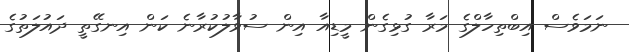
ނަމަވެސް އިބްތިހާލްގެ މަރާ ގުޅިގެން މީޑިއާ އިން ސުވާލުކުރާނެ ކަން އިނގޭތީ ދައުލަތުގެ